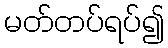
မတ်တပ်ရပ်၍